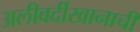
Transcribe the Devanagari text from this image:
अलीवर्दीखानाची